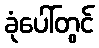
ခုံပေါ်တွင်